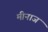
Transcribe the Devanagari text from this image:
मीनाज